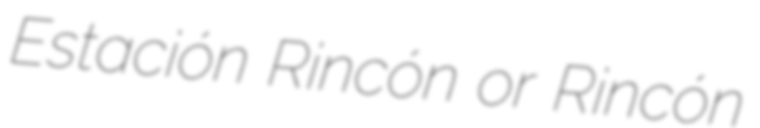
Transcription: Estación Rincón or Rincón